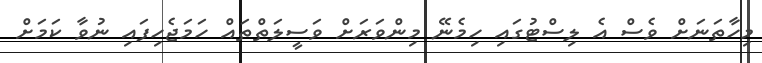
މިހާތަނަށް ވެސް އެ ލިސްޓުގައި ހިމެނޭ މިންވަރަށް ވަސީލަތްތައް ހަމަޖެހިފައި ނުވާ ކަމަށް